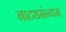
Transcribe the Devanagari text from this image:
नाट्यसंन्यास